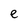
Character: e